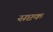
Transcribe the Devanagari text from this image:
सप्टक